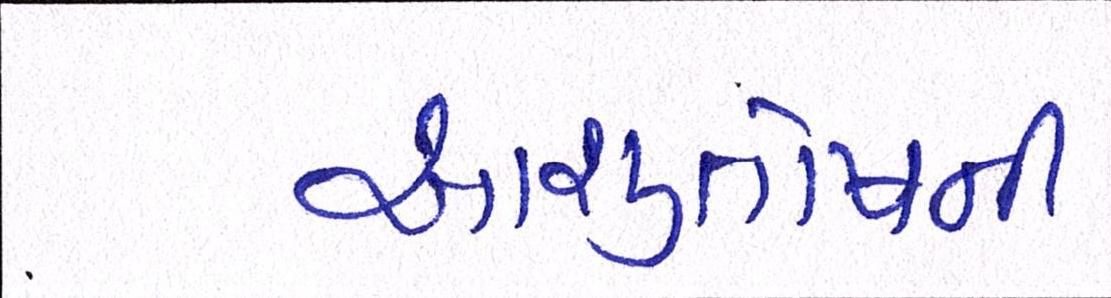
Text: આશુતોષની